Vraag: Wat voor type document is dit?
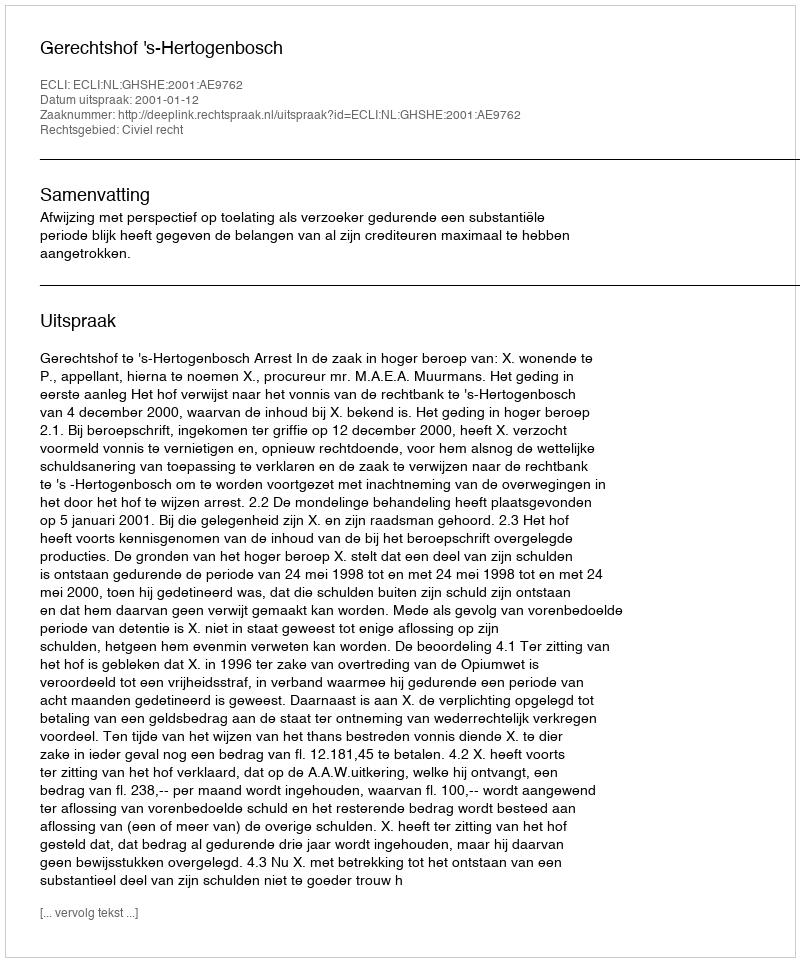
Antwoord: Uitspraak